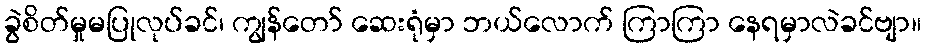
ခွဲစိတ်မှုမပြုလုပ်ခင်၊ ကျွန်တော် ဆေးရုံမှာ ဘယ်လောက် ကြာကြာ နေရမှာလဲခင်ဗျာ။